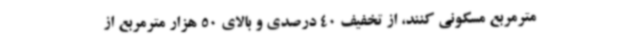
مترمربع مسکونی کنند، از تخفیف 40 درصدی و بالای 50 هزار مترمربع از